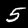
Label: 5